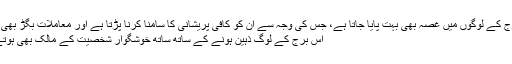
اس برج کے لوگوں میں غصہ بھی بہت پایا جاتا ہے، جس کی وجہ سے ان کو کافی پریشانی کا سامنا کرنا پڑتا ہے اور معاملات بگڑ بھی جاتے
اس برج کے لوگ ذہین ہونے کے ساتھ ساتھ خوشگوار شخصیت کے مالک بھی ہوتے ہیں۔